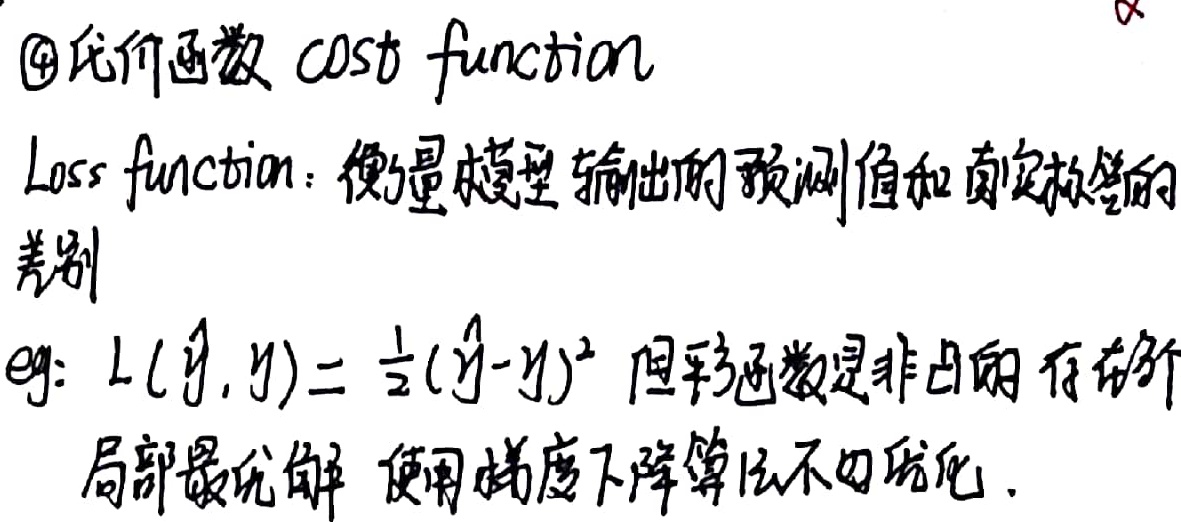
\textcircled{4}代价函数（cost function / Loss function）：衡量模型输出的预测值和真实标签的差别。eg: \(L(\hat{y},y)=\frac{1}{2}(\hat{y}-y)^2\)，但该函数是非凸的，存在多个局部最优解，使用梯度下降算法不好优化。